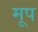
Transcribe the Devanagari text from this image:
मूप